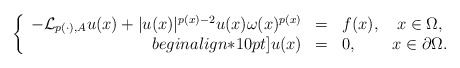
\begin{align*}\left\{ \begin{array}{rclc}-\mathcal{L}_{p(\cdot ),A}u(x)+|u(x)|^{p(x)-2}u(x)\omega (x)^{p(x)} & = & f(x),& x\in \Omega , \\begin{align*}10pt] u(x) & = & 0, & x\in \partial \Omega .\end{array}\right. \end{align*}